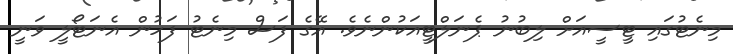
މިނެޓުގައި ޓީސީއަށް ލިބުނު ޕެނަލްޓީއަކުންނެވެ. އޭގެ ފަސް މިނެޓު ފަހުން އެނަޓޯލީ ވަނީ